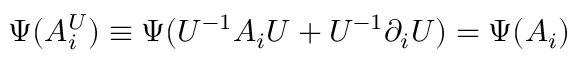
\Psi ( A _ { i } ^ { U } ) \equiv \Psi ( U ^ { - 1 } A _ { i } U + U ^ { - 1 } \partial _ { i } U ) = \Psi ( A _ { i } )